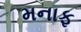
મનાફ